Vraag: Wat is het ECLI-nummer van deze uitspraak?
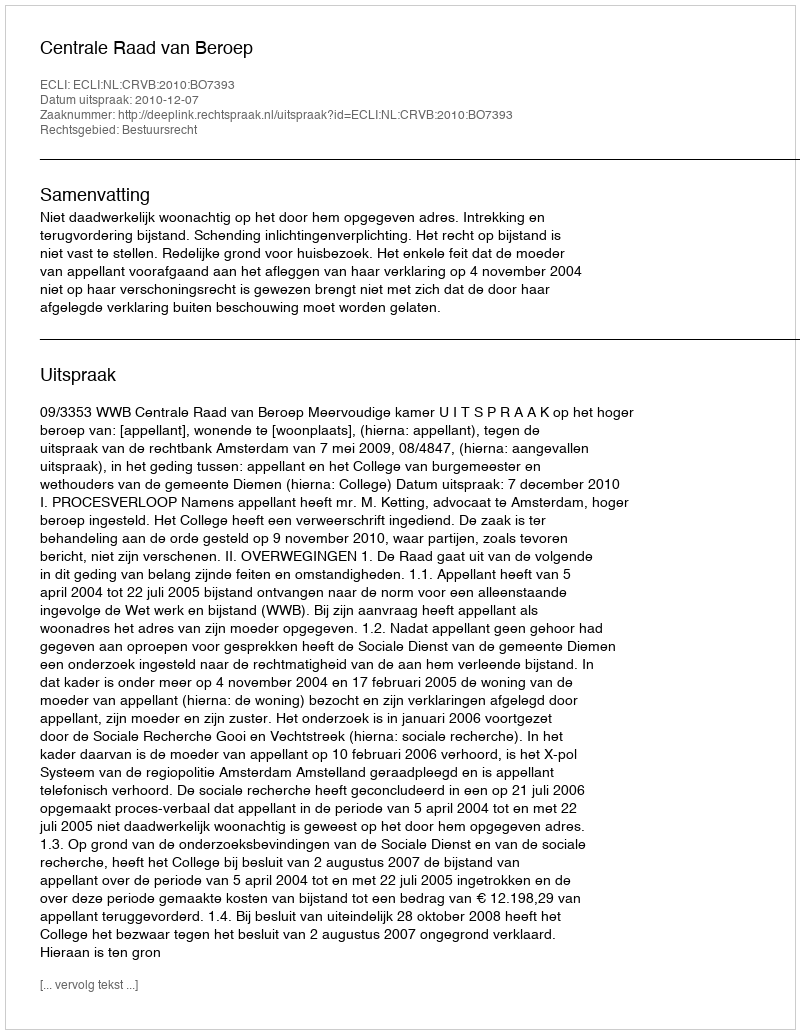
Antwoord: ECLI:NL:CRVB:2010:BO7393